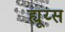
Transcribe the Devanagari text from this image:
ह्यूय्स